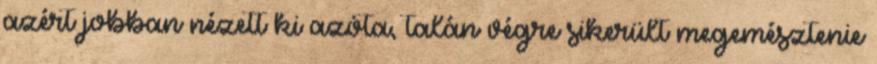
azért jobban nézett ki azóta, talán végre sikerült megemésztenie